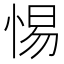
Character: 惕